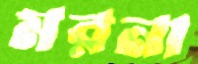
মরনা